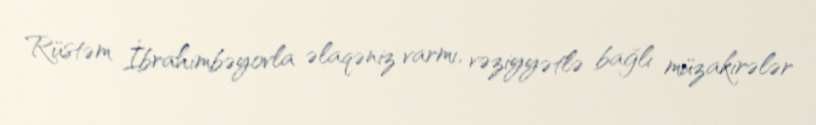
Rüstəm İbrahimbəyovla əlaqəniz varmı, vəziyyətlə bağlı müzakirələr